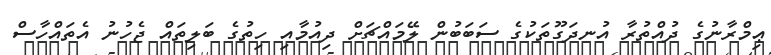
ޢިމްރާނުގެ ދުއްތުރާ އުނދަގޫތަކުގެ ސަބަބުން ލޭމައްޗަށް ދިއުމާއި ހިތުގެ ބަލިތައް ޖެހުނު އެތައްހާސް